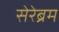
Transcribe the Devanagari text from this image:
सेरेब्रम